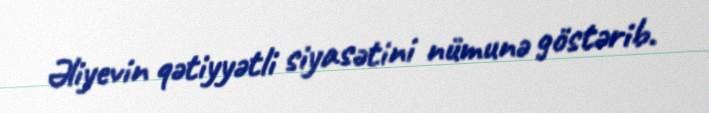
Əliyevin qətiyyətli siyasətini nümunə göstərib.